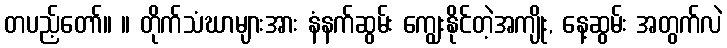
တပည့်တော်။ ။ တိုက်သံဃာများအား နံနက်ဆွမ်း ကျွေးနိုင်တဲ့အကျိုး, နေ့ဆွမ်း အတွက်လဲ